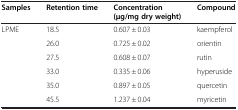
| Samples | Retention time | Concentration (μg/mg dry weight) | Compound |
 | --- | --- | --- | --- |
 | LPME | 18.5 | 0.607 ± 0.03 | kaempferol |
 |  | 26.0 | 0.725 ± 0.02 | orientin |
 |  | 27.5 | 0.608 ± 0.07 | rutin |
 |  | 33.0 | 0.335 ± 0.06 | hyperuside |
 |  | 35.0 | 0.897 ± 0.05 | quercetin |
 |  | 45.5 | 1.237 ± 0.04 | myricetin |